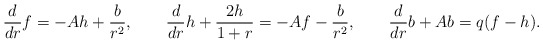
\begin{align*}\frac{d}{dr}f= -Ah +{b\over r^2},\qquad\frac{d}{dr}h + \frac{2h}{1+r}= -Af - {b\over r^2},\qquad\frac{d}{dr}b +Ab=q(f-h).\end{align*}